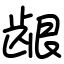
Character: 龈